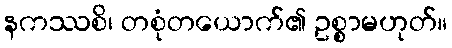
နကဿစိ၊ တစုံတယောက်၏ ဥစ္စာမဟုတ်။